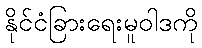
နိုင်ငံခြားရေးမူဝါဒကို